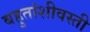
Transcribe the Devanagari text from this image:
बहुतांशीवस्ती